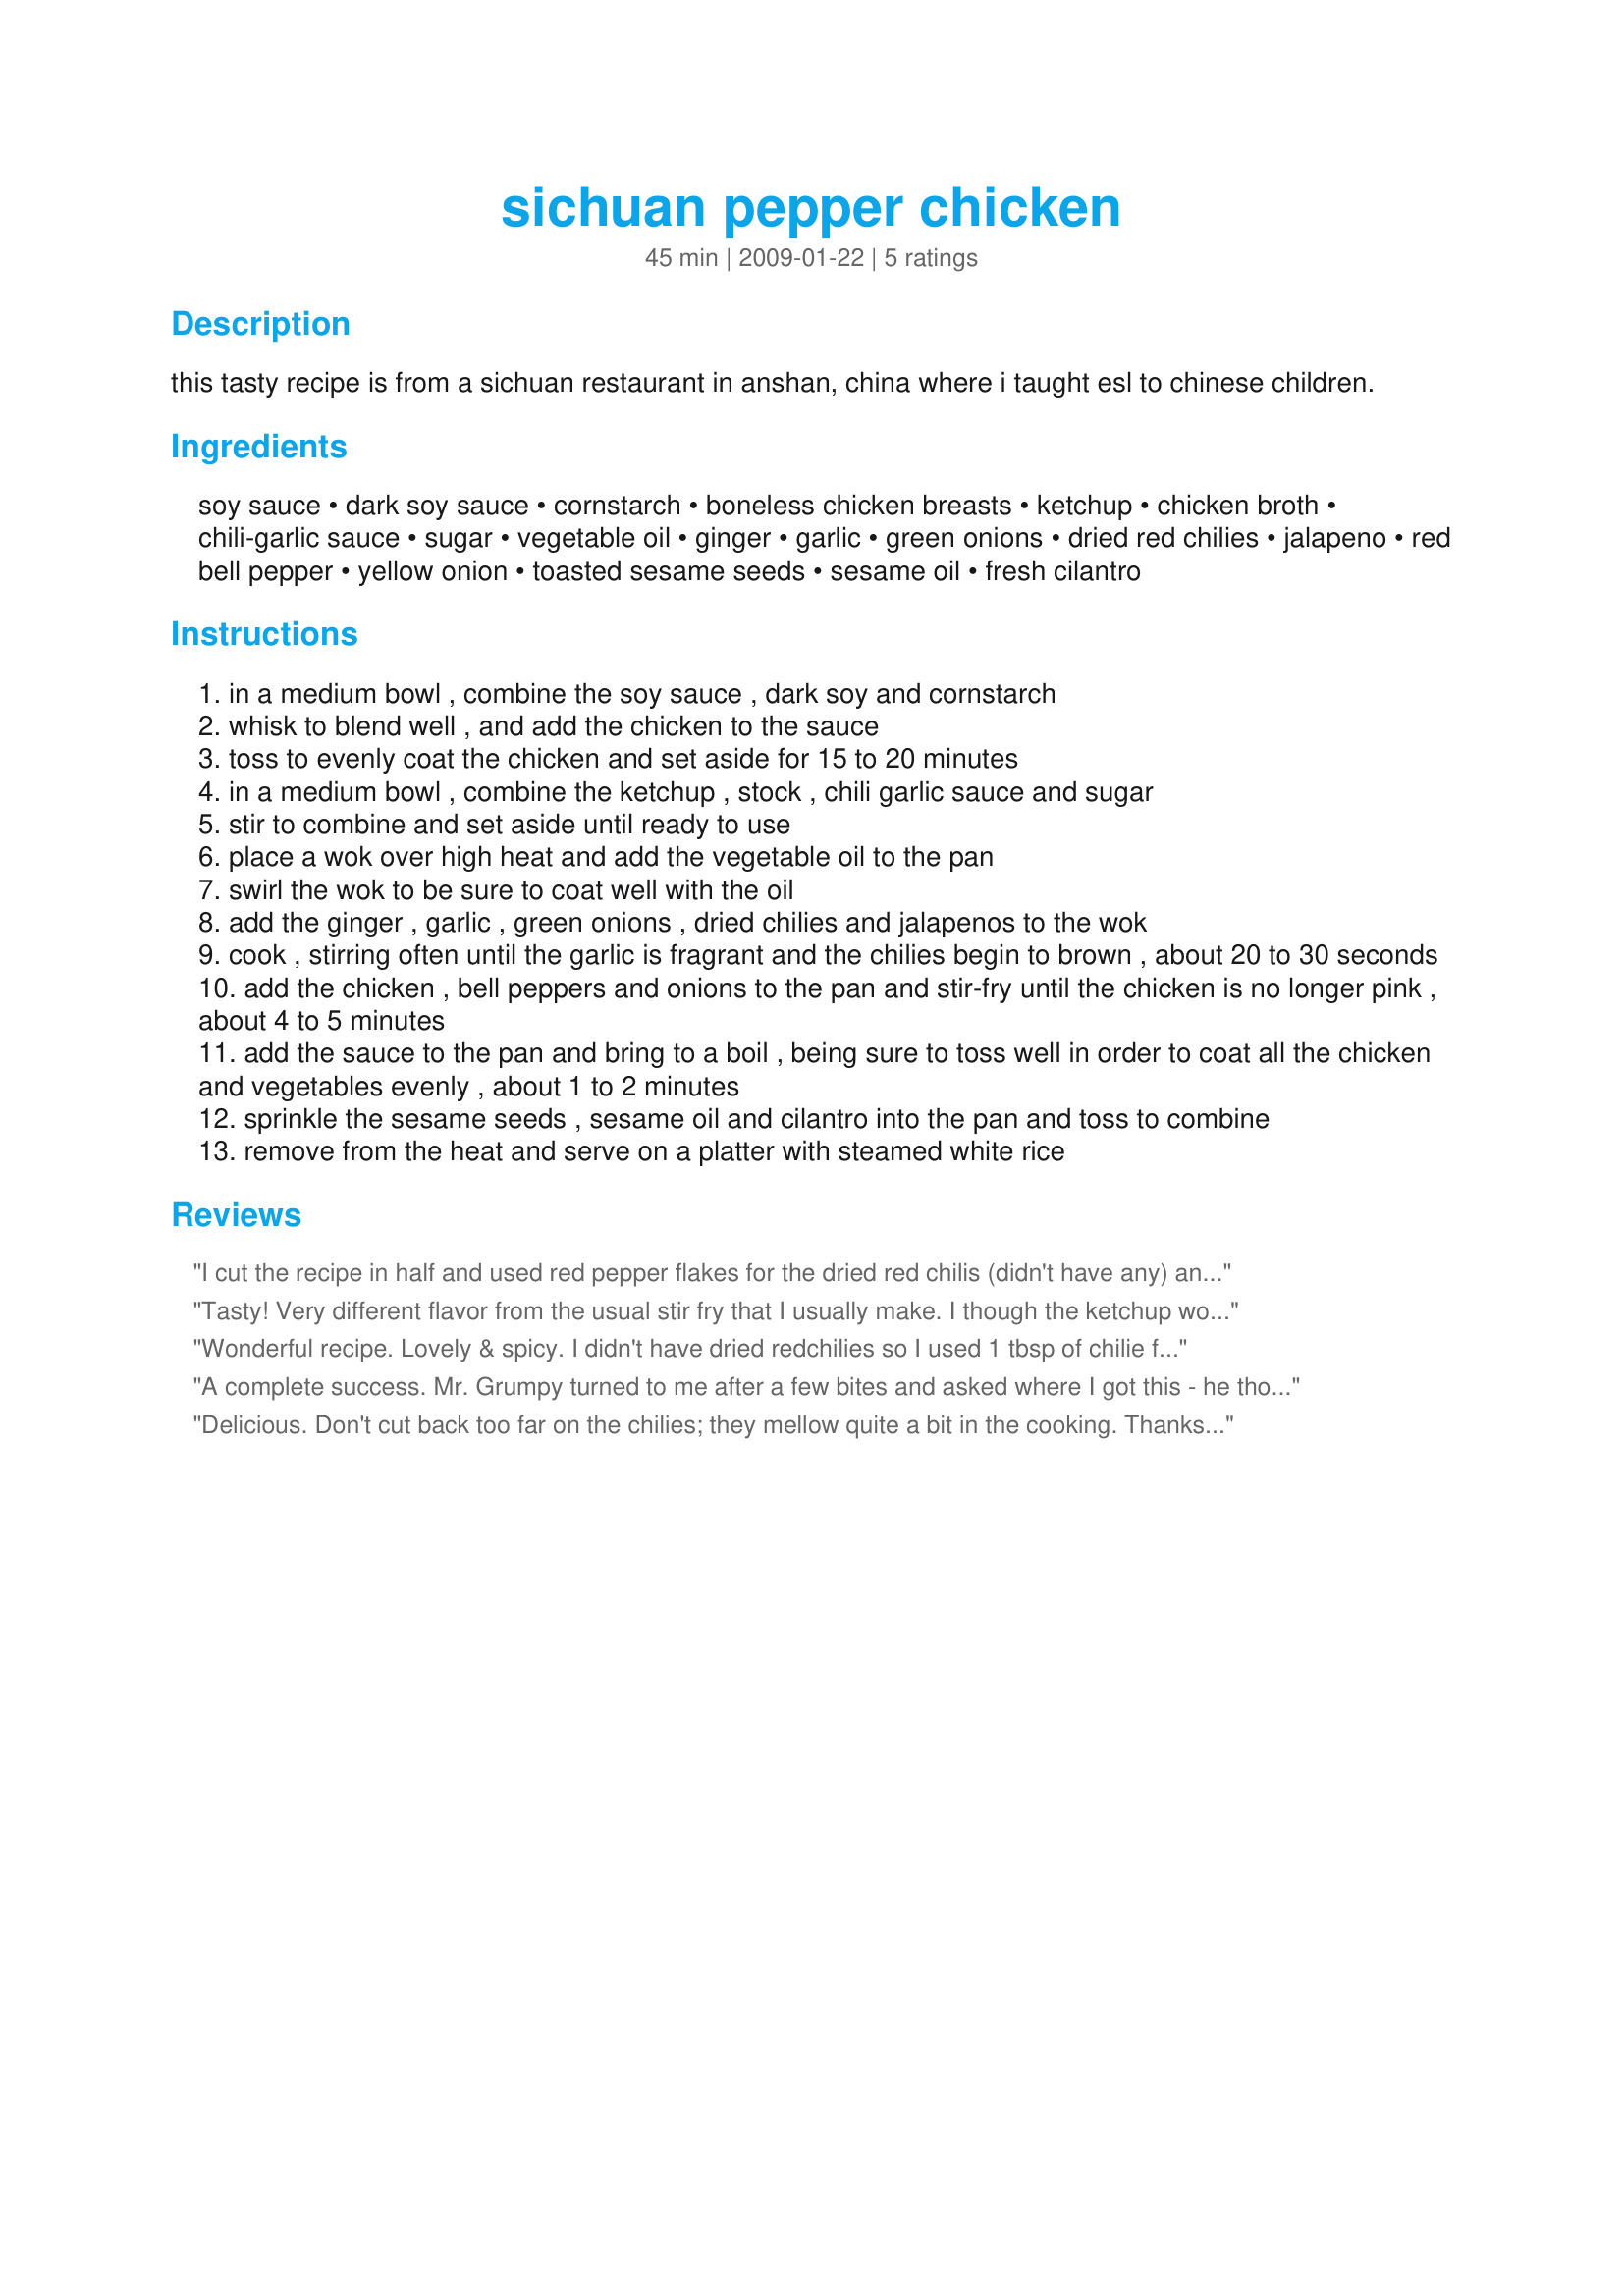
sichuan pepper chicken
Preparation time: 45 minutes

this tasty recipe is from a sichuan restaurant in anshan, china where i taught esl to chinese children.

Ingredients:
soy sauce, dark soy sauce, cornstarch, boneless chicken breasts, ketchup, chicken broth, chili-garlic sauce, sugar, vegetable oil, ginger, garlic, green onions, dried red chilies, jalapeno, red bell pepper, yellow onion, toasted sesame seeds, sesame oil, fresh cilantro

Steps:
in a medium bowl , combine the soy sauce , dark soy and cornstarch
whisk to blend well , and add the chicken to the sauce
toss to evenly coat the chicken and set aside for 15 to 20 minutes
in a medium bowl , combine the ketchup , stock , chili garlic sauce and sugar
stir to combine and set aside until ready to use
place a wok over high heat and add the vegetable oil to the pan
swirl the wok to be sure to coat well with the oil
add the ginger , garlic , green onions , dried chilies and jalapenos to the wok
cook , stirring often until the garlic is fragrant and the chilies begin to brown , about 20 to 30 seconds
add the chicken , bell peppers and onions to the pan and stir-fry until the chicken is no longer pink , about 4 to 5 minutes
add the sauce to the pan and bring to a boil , being sure to toss well in order to coat all the chicken and vegetables evenly , about 1 to 2 minutes
sprinkle the sesame seeds , sesame oil and cilantro into the pan and toss to combine
remove from the heat and serve on a platter with steamed white rice

Reviews:
I cut the recipe in half and used red pepper flakes for the dried red chilis (didn't have any) and otherwise followed the instructions...delicious! Definately will make again and maybe add some other vegies such as broccoli, corn and maybe some waterchestnuts. Made for Chinese/Vietnamese New Year 2012.
Tasty! Very different flavor from the usual stir fry that I usually make. I though the ketchup would make it too sweet, but it didn&#039;t. I added mushrooms and broccoli, just because I love veggies in my stir fry. Thanks for posting the recipe.
Wonderful recipe. Lovely & spicy. I didn't have dried redchilies so I used 1 tbsp of chilie flakes. Also I poured in the sauce on the chicken befor adding the peppers & onion as I wanted them to still be a bit crunchy - Dinner was enjoyed. Thanks for posting this recipe Celticevergreen
A complete success. Mr. Grumpy turned to me after a few bites and asked where I got this - he thought I had bought it at one of the local Chinese restaurants. And he asked for seconds, which is nothing short of a miracle. I did use pork blade chops instead of chicken, because I had some to use up. I also added some julienned carrots with the onions and red bell pepper. This is as good as anything I learned during my nine months of Chinese cooking lessons.
Delicious. Don't cut back too far on the chilies; they mellow quite a bit in the cooking. Thanks for posting!
